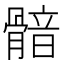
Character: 𩩿